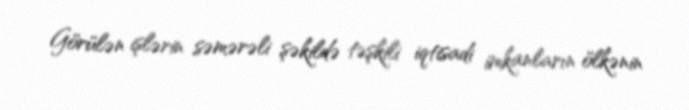
Görülən işlərin səmərəli şəkildə təşkili iqtisadi imkanların ölkənin